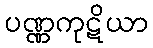
ပဏ္ဏကုဋိယာ